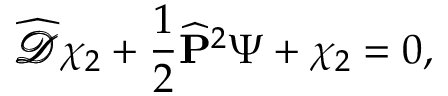
{ \widehat { \pmb { \mathscr { D } } } } \chi _ { 2 } + { \frac { 1 } { 2 } } { \widehat { \bf P } } ^ { 2 } \Psi + \chi _ { 2 } = 0 ,